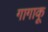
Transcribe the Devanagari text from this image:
गागाकू